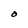
Character: O